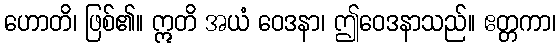
ဟောတိ၊ ဖြစ်၏။ ဣတိ အယံ ဝေဒနာ၊ ဤဝေဒနာသည်။ ဧတ္တကာ၊